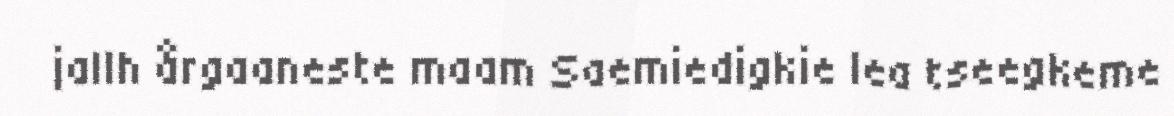
jallh årgaaneste maam Saemiedigkie lea tseegkeme